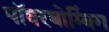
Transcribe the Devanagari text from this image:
पॉवरबोम्बिंग